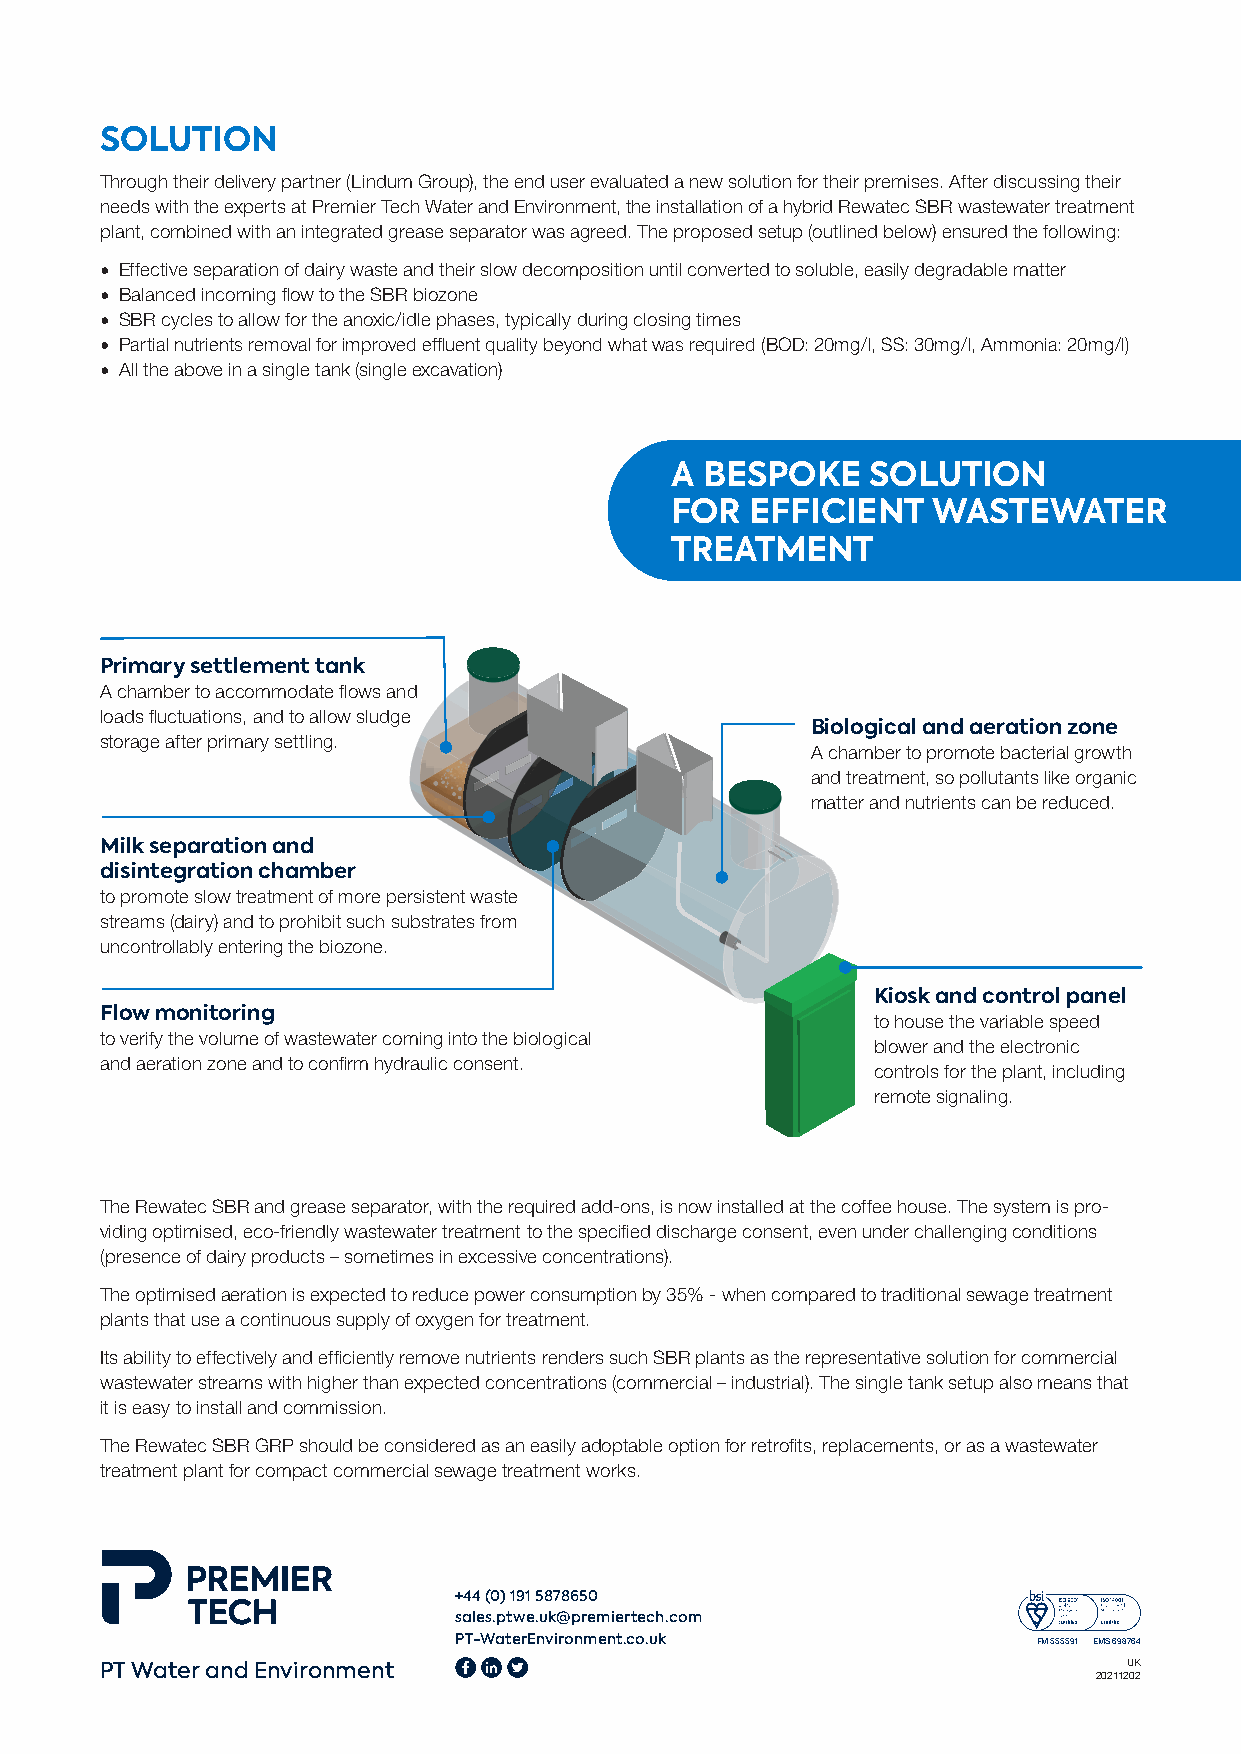
SOLUTION
 Through their delivery partner (Lindum Group), the end user evaluated a new solution for their premises. After discussing their
 needs with the experts at Premier Tech Water and Environment, the installation of a hybrid Rewatec SBR wastewater treatment
 plant, combined with an integrated grease separator was agreed. The proposed setup (outlined below) ensured the following:
 • Effective separation of dairy waste and their slow decomposition until converted to soluble, easily degradable matter
 • Balanced incoming flow to the SBR biozone
 • SBR cycles to allow for the anoxic/idle phases, typically during closing times
 • Partial nutrients removal for improved effluent quality beyond what was required (BOD: 20mg/l, SS: 30mg/l, Ammonia: 20mg/l)
 • All the above in a single tank (single excavation)
 A BESPOKE     SOLUTION
 FOR   EFFICIENT   WASTEWATER
 TREATMENT
 Primary settlement tank
 A chamber to accommodate flows and
 loads fluctuations, and to allow sludge
 Biological and aeration zone
 storage after primary settling.
 A chamber to promote bacterial growth
 and treatment, so pollutants like organic
 matter and nutrients can be reduced.
 Milk separation and
 disintegration chamber
 to promote slow treatment of more persistent waste
 streams (dairy) and to prohibit such substrates from
 uncontrollably entering the biozone.
 Kiosk and control panel
 Flow monitoring
 to house the variable speed
 to verify the volume of wastewater coming into the biological
 blower and the electronic
 and aeration zone and to confirm hydraulic consent.
 controls for the plant, including
 remote signaling.
 The Rewatec SBR and grease separator, with the required add-ons, is now installed at the coffee house. The system is pro-
 viding optimised, eco-friendly wastewater treatment to the specified discharge consent, even under challenging conditions
 (presence of dairy products – sometimes in excessive concentrations).
 The optimised aeration is expected to reduce power consumption by 35% - when compared to traditional sewage treatment
 plants that use a continuous supply of oxygen for treatment.
 Its ability to effectively and efficiently remove nutrients renders such SBR plants as the representative solution for commercial
 wastewater streams with higher than expected concentrations (commercial – industrial). The single tank setup also means that
 it is easy to install and commission.
 The Rewatec SBR GRP should be considered as an easily adoptable option for retrofits, replacements, or as a wastewater
 treatment plant for compact commercial sewage treatment works.
 +44 (0) 191 5878650
 sales.ptwe.uk@premiertech.com
 PT-WaterEnvironment.co.uk              FM 555591 EMS 698764
 PT Water and Environment                                            UK
 20211202